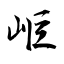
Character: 岠